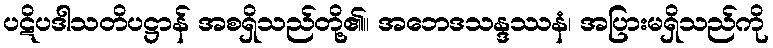
ပဋိပဒါသတိပဋ္ဌာန် အစရှိသည်တို့၏။ အဘေဒသန္ဒဿနံ၊ အပြားမရှိသည်ကို